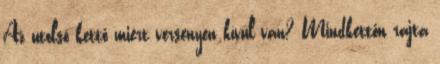
Az utolsó kettő miért versenyen kívül van? Mindkettőn rajta